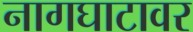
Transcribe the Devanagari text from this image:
नागघाटावर